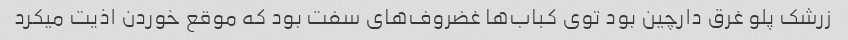
زرشک پلو غرق دارچین بود توی کباب‌ها غضروف‌های سفت بود که موقع خوردن اذیت میکرد